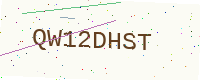
Text: QW12DHST